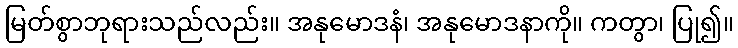
မြတ်စွာဘုရားသည်လည်း။ အနုမောဒနံ၊ အနုမောဒနာကို။ ကတွာ၊ ပြု၍။